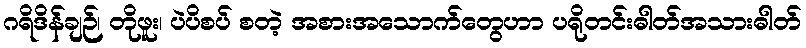
ဂရိဒိန်ချဉ်၊ တိုဖူး၊ ပဲပိစပ် စတဲ့ အစားအသောက်တွေဟာ ပရိုတင်းဓါတ်အသားဓါတ်